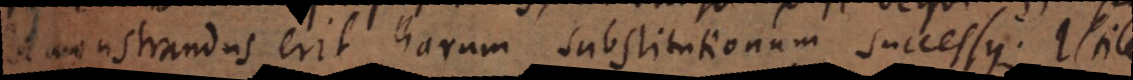
demonstrandus erit harum substitutionum successus.